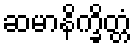
ဆမာနိက္ခိတ္တံ